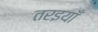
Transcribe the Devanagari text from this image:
तरइयाँ